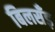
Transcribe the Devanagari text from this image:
बिलसँड़